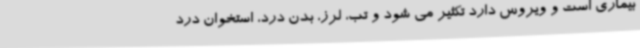
بیماری است و ویروس دارد تکثیر می شود و تب، لرز، بدن درد، استخوان درد